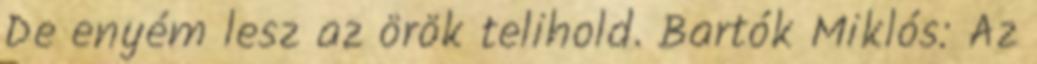
De enyém lesz az örök telihold. Bartók Miklós: Az